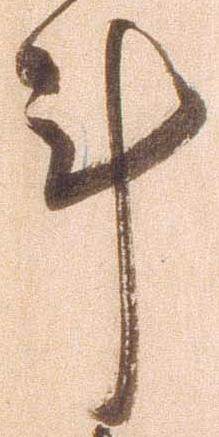
計